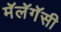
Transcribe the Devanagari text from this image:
मॅलॅगॅसी